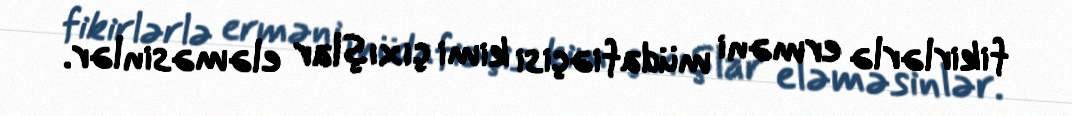
fikirlərlə erməni müdafiəçisi kimi çıxışlar eləməsinlər.